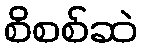
စိစစ်ဆဲ